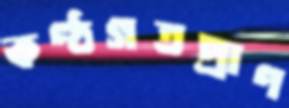
কণ্ঠগতপ্রাণ